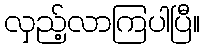
လှည့်လာကြပါပြီ။